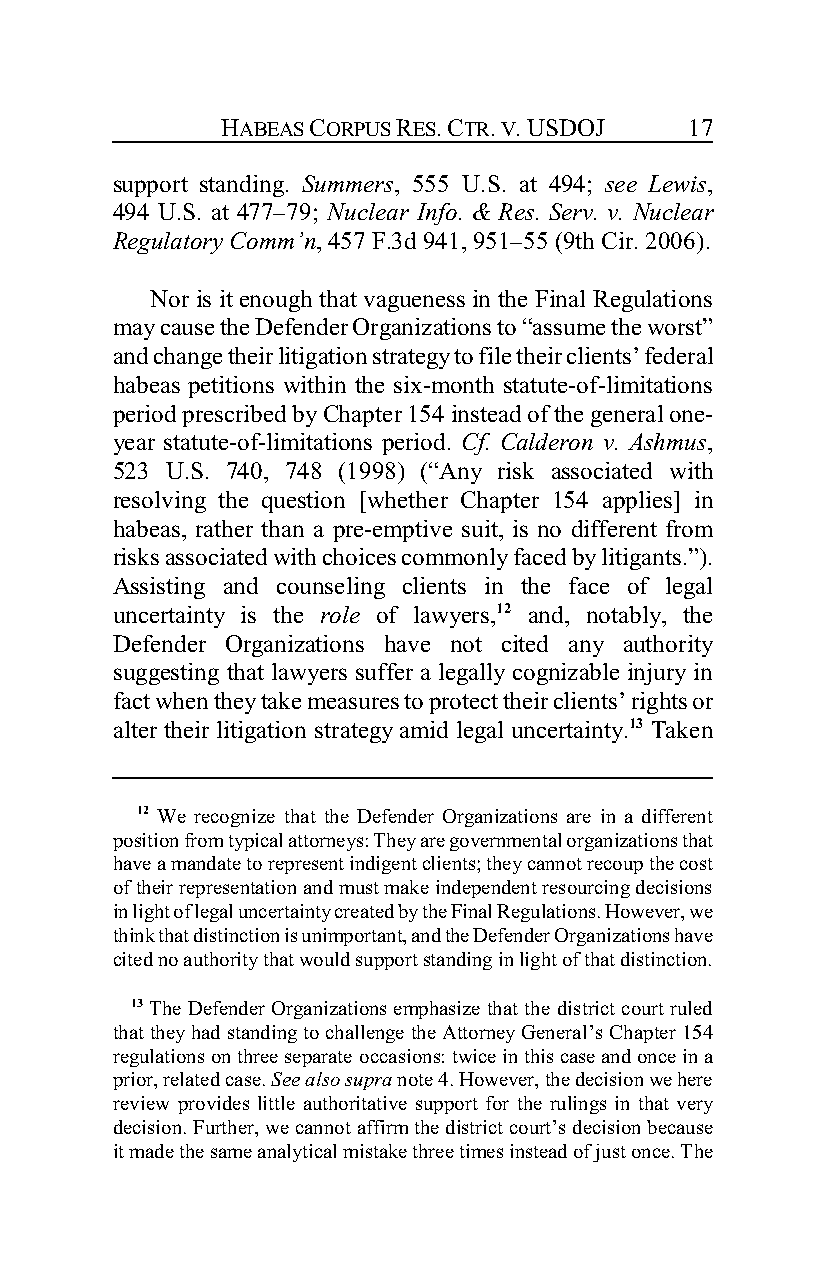
HABEAS CORPUS RES. CTR. V. USDOJ 17
 support standing. Summers, 555 U.S. at 494; see Lewis,
 494 U.S. at 477–79; Nuclear Info. & Res. Serv. v. Nuclear
 Regulatory Comm’n, 457 F.3d 941, 951–55 (9th Cir. 2006).
 Nor is it enough that vagueness in the Final Regulations
 may cause the Defender Organizations to “assume the worst”
 and change their litigation strategy to file their clients’ federal
 habeas petitions within the six-month statute-of-limitations
 period prescribed by Chapter 154 instead of the general one-
 year statute-of-limitations period. Cf. Calderon v. Ashmus,
 523 U.S. 740, 748 (1998) (“Any risk associated with
 resolving the question [whether Chapter 154 applies] in
 habeas, rather than a pre-emptive suit, is no different from
 risks associated with choices commonly faced by litigants.”).
 Assisting and counseling clients in the face of legal
 uncertainty is the role of lawyers,12 and, notably, the
 Defender Organizations have not cited any authority
 suggesting that lawyers suffer a legally cognizable injury in
 fact when they take measures to protect their clients’ rights or
 alter their litigation strategy amid legal uncertainty.13 Taken
 12 We recognize that the Defender Organizations are in a different
 position from typical attorneys: They are governmental organizations that
 have a mandate to represent indigent clients; they cannot recoup the cost
 of their representation and must make independent resourcing decisions
 in light of legal uncertainty created by the Final Regulations. However, we
 think that distinction is unimportant, and the Defender Organizations have
 cited no authority that would support standing in light of that distinction.
 13 The Defender Organizations emphasize that the district court ruled
 that they had standing to challenge the Attorney General’s Chapter 154
 regulations on three separate occasions: twice in this case and once in a
 prior, related case. See also supra note 4. However, the decision we here
 review provides little authoritative support for the rulings in that very
 decision. Further, we cannot affirm the district court’s decision because
 it made the same analytical mistake three times instead of just once. The